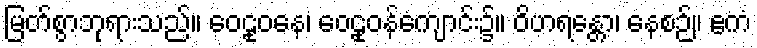
မြတ်စွာဘုရားသည်။ ဝေဠုဝနေ၊ ဝေဠုဝန်ကျောင်း၌။ ဝိဟရန္တော၊ နေစဉ်။ ဧကံ